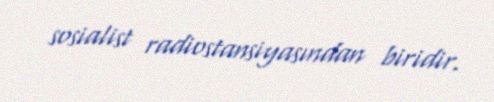
sosialist radiostansiyasından biridir.